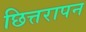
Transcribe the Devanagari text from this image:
छित्तरापन